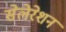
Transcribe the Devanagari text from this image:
सेलेरेशन